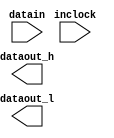
// megafunction wizard: %ALTDDIO_IN%VBB%
// GENERATION: STANDARD
// VERSION: WM1.0
// MODULE: ALTDDIO_IN 

// ============================================================
// Megafunction Name(s):
// 			ALTDDIO_IN
//
// Simulation Library Files(s):
// 			altera_mf
// ============================================================
// ************************************************************
// THIS IS A WIZARD-GENERATED FILE. DO NOT EDIT THIS FILE!
//
// 13.1.4 Build 182 03/12/2014 SJ Web Edition
// ************************************************************

//Copyright (C) 1991-2014 Altera Corporation
//Your use of Altera Corporation's design tools, logic functions 
//and other software and tools, and its AMPP partner logic 
//functions, and any output files from any of the foregoing 
//(including device programming or simulation files), and any 
//associated documentation or information are expressly subject 
//to the terms and conditions of the Altera Program License 
//Subscription Agreement, Altera MegaCore Function License 
//Agreement, or other applicable license agreement, including, 
//without limitation, that your use is for the sole purpose of 
//programming logic devices manufactured by Altera and sold by 
//Altera or its authorized distributors.  Please refer to the 
//applicable agreement for further details.

module rx_ddio (
	datain,
	inclock,
	dataout_h,
	dataout_l);

	input	[4:0]  datain;
	input	  inclock;
	output	[4:0]  dataout_h;
	output	[4:0]  dataout_l;

endmodule

// ============================================================
// CNX file retrieval info
// ============================================================
// Retrieval info: LIBRARY: altera_mf altera_mf.altera_mf_components.all
// Retrieval info: PRIVATE: INTENDED_DEVICE_FAMILY STRING "Cyclone IV E"
// Retrieval info: CONSTANT: INTENDED_DEVICE_FAMILY STRING "Cyclone IV E"
// Retrieval info: CONSTANT: INVERT_INPUT_CLOCKS STRING "OFF"
// Retrieval info: CONSTANT: LPM_HINT STRING "UNUSED"
// Retrieval info: CONSTANT: LPM_TYPE STRING "altddio_in"
// Retrieval info: CONSTANT: POWER_UP_HIGH STRING "OFF"
// Retrieval info: CONSTANT: WIDTH NUMERIC "5"
// Retrieval info: USED_PORT: datain 0 0 5 0 INPUT NODEFVAL "datain[4..0]"
// Retrieval info: CONNECT: @datain 0 0 5 0 datain 0 0 5 0
// Retrieval info: USED_PORT: dataout_h 0 0 5 0 OUTPUT NODEFVAL "dataout_h[4..0]"
// Retrieval info: CONNECT: dataout_h 0 0 5 0 @dataout_h 0 0 5 0
// Retrieval info: USED_PORT: dataout_l 0 0 5 0 OUTPUT NODEFVAL "dataout_l[4..0]"
// Retrieval info: CONNECT: dataout_l 0 0 5 0 @dataout_l 0 0 5 0
// Retrieval info: USED_PORT: inclock 0 0 0 0 INPUT_CLK_EXT NODEFVAL "inclock"
// Retrieval info: CONNECT: @inclock 0 0 0 0 inclock 0 0 0 0
// Retrieval info: GEN_FILE: TYPE_NORMAL rx_ddio.v TRUE FALSE
// Retrieval info: GEN_FILE: TYPE_NORMAL rx_ddio.qip TRUE FALSE
// Retrieval info: GEN_FILE: TYPE_NORMAL rx_ddio.bsf TRUE TRUE
// Retrieval info: GEN_FILE: TYPE_NORMAL rx_ddio_inst.v TRUE TRUE
// Retrieval info: GEN_FILE: TYPE_NORMAL rx_ddio_bb.v TRUE TRUE
// Retrieval info: GEN_FILE: TYPE_NORMAL rx_ddio.inc TRUE TRUE
// Retrieval info: GEN_FILE: TYPE_NORMAL rx_ddio.cmp TRUE TRUE
// Retrieval info: GEN_FILE: TYPE_NORMAL rx_ddio.ppf TRUE FALSE
// Retrieval info: LIB_FILE: altera_mf